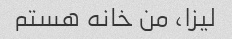
لیزا، من خانه هستم